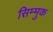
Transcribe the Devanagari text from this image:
सिम्मुक